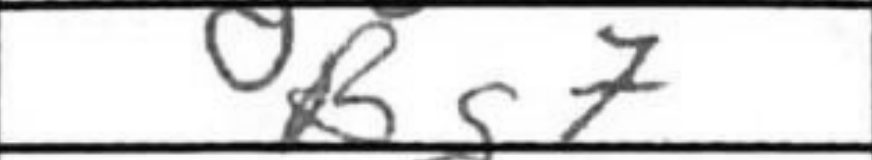
Transcription: Bg7